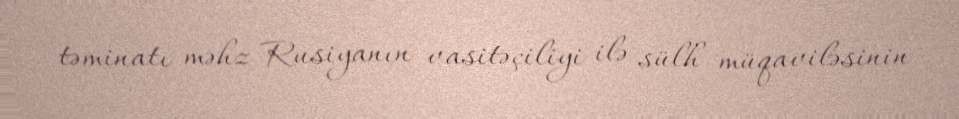
təminatı məhz Rusiyanın vasitəçiliyi ilə sülh müqaviləsinin